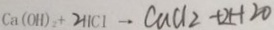
C a ( O H ) _ { 2 } + 2 H C I \rightarrow C a C l _ { 2 } + 2 H _ { 2 } O